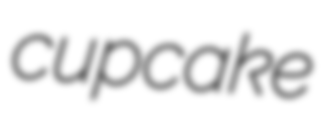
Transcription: cupcake